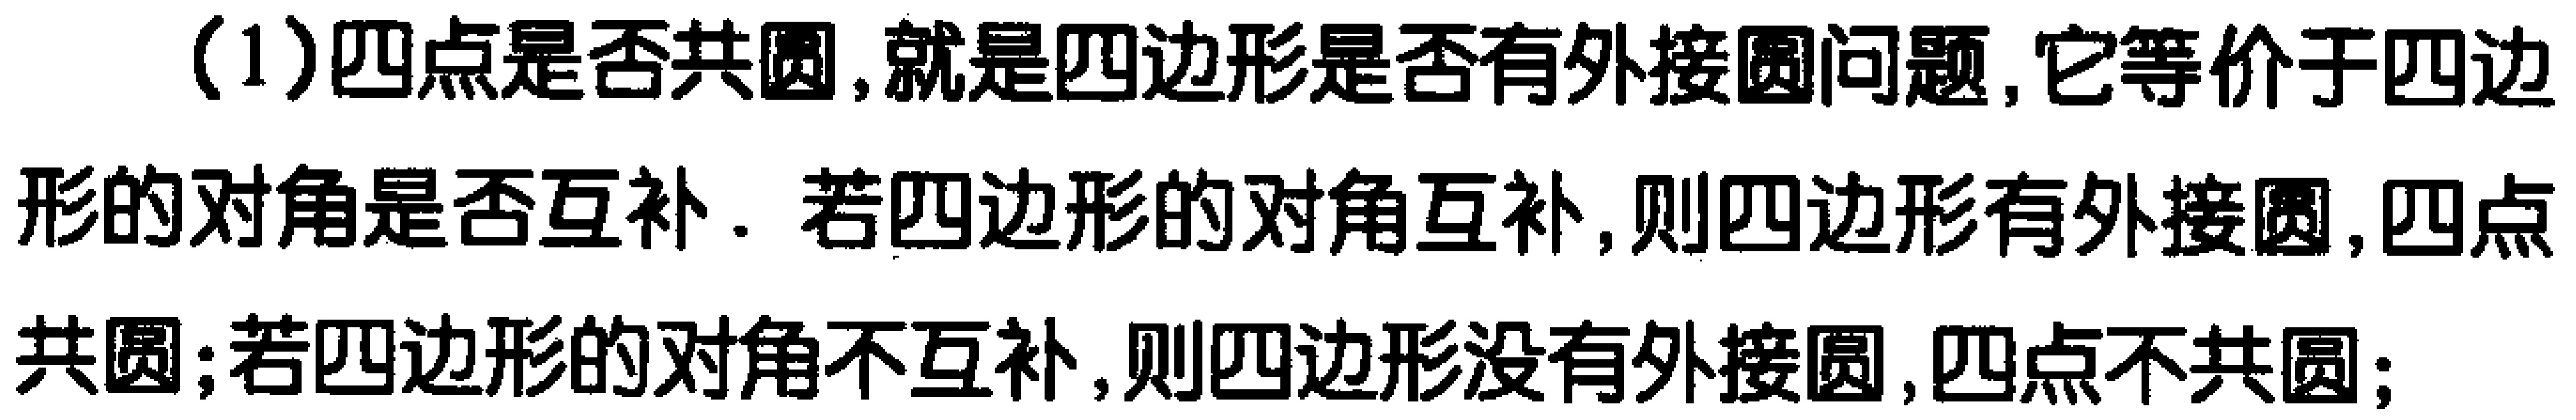
(1)四点是否共圆,就是四边形是否有外接圆问题,它等价于四边形的对角是否互补. 若四边形的对角互补,则四边形有外接圆,四点共圆;若四边形的对角不互补,则四边形没有外接圆,四点不共圆;